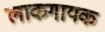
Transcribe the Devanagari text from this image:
लाकगायक